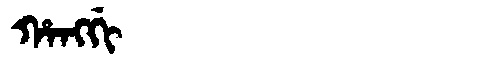
Manchu: ᡥᠠᠩᡤᡳ
Romanization: HANGGI